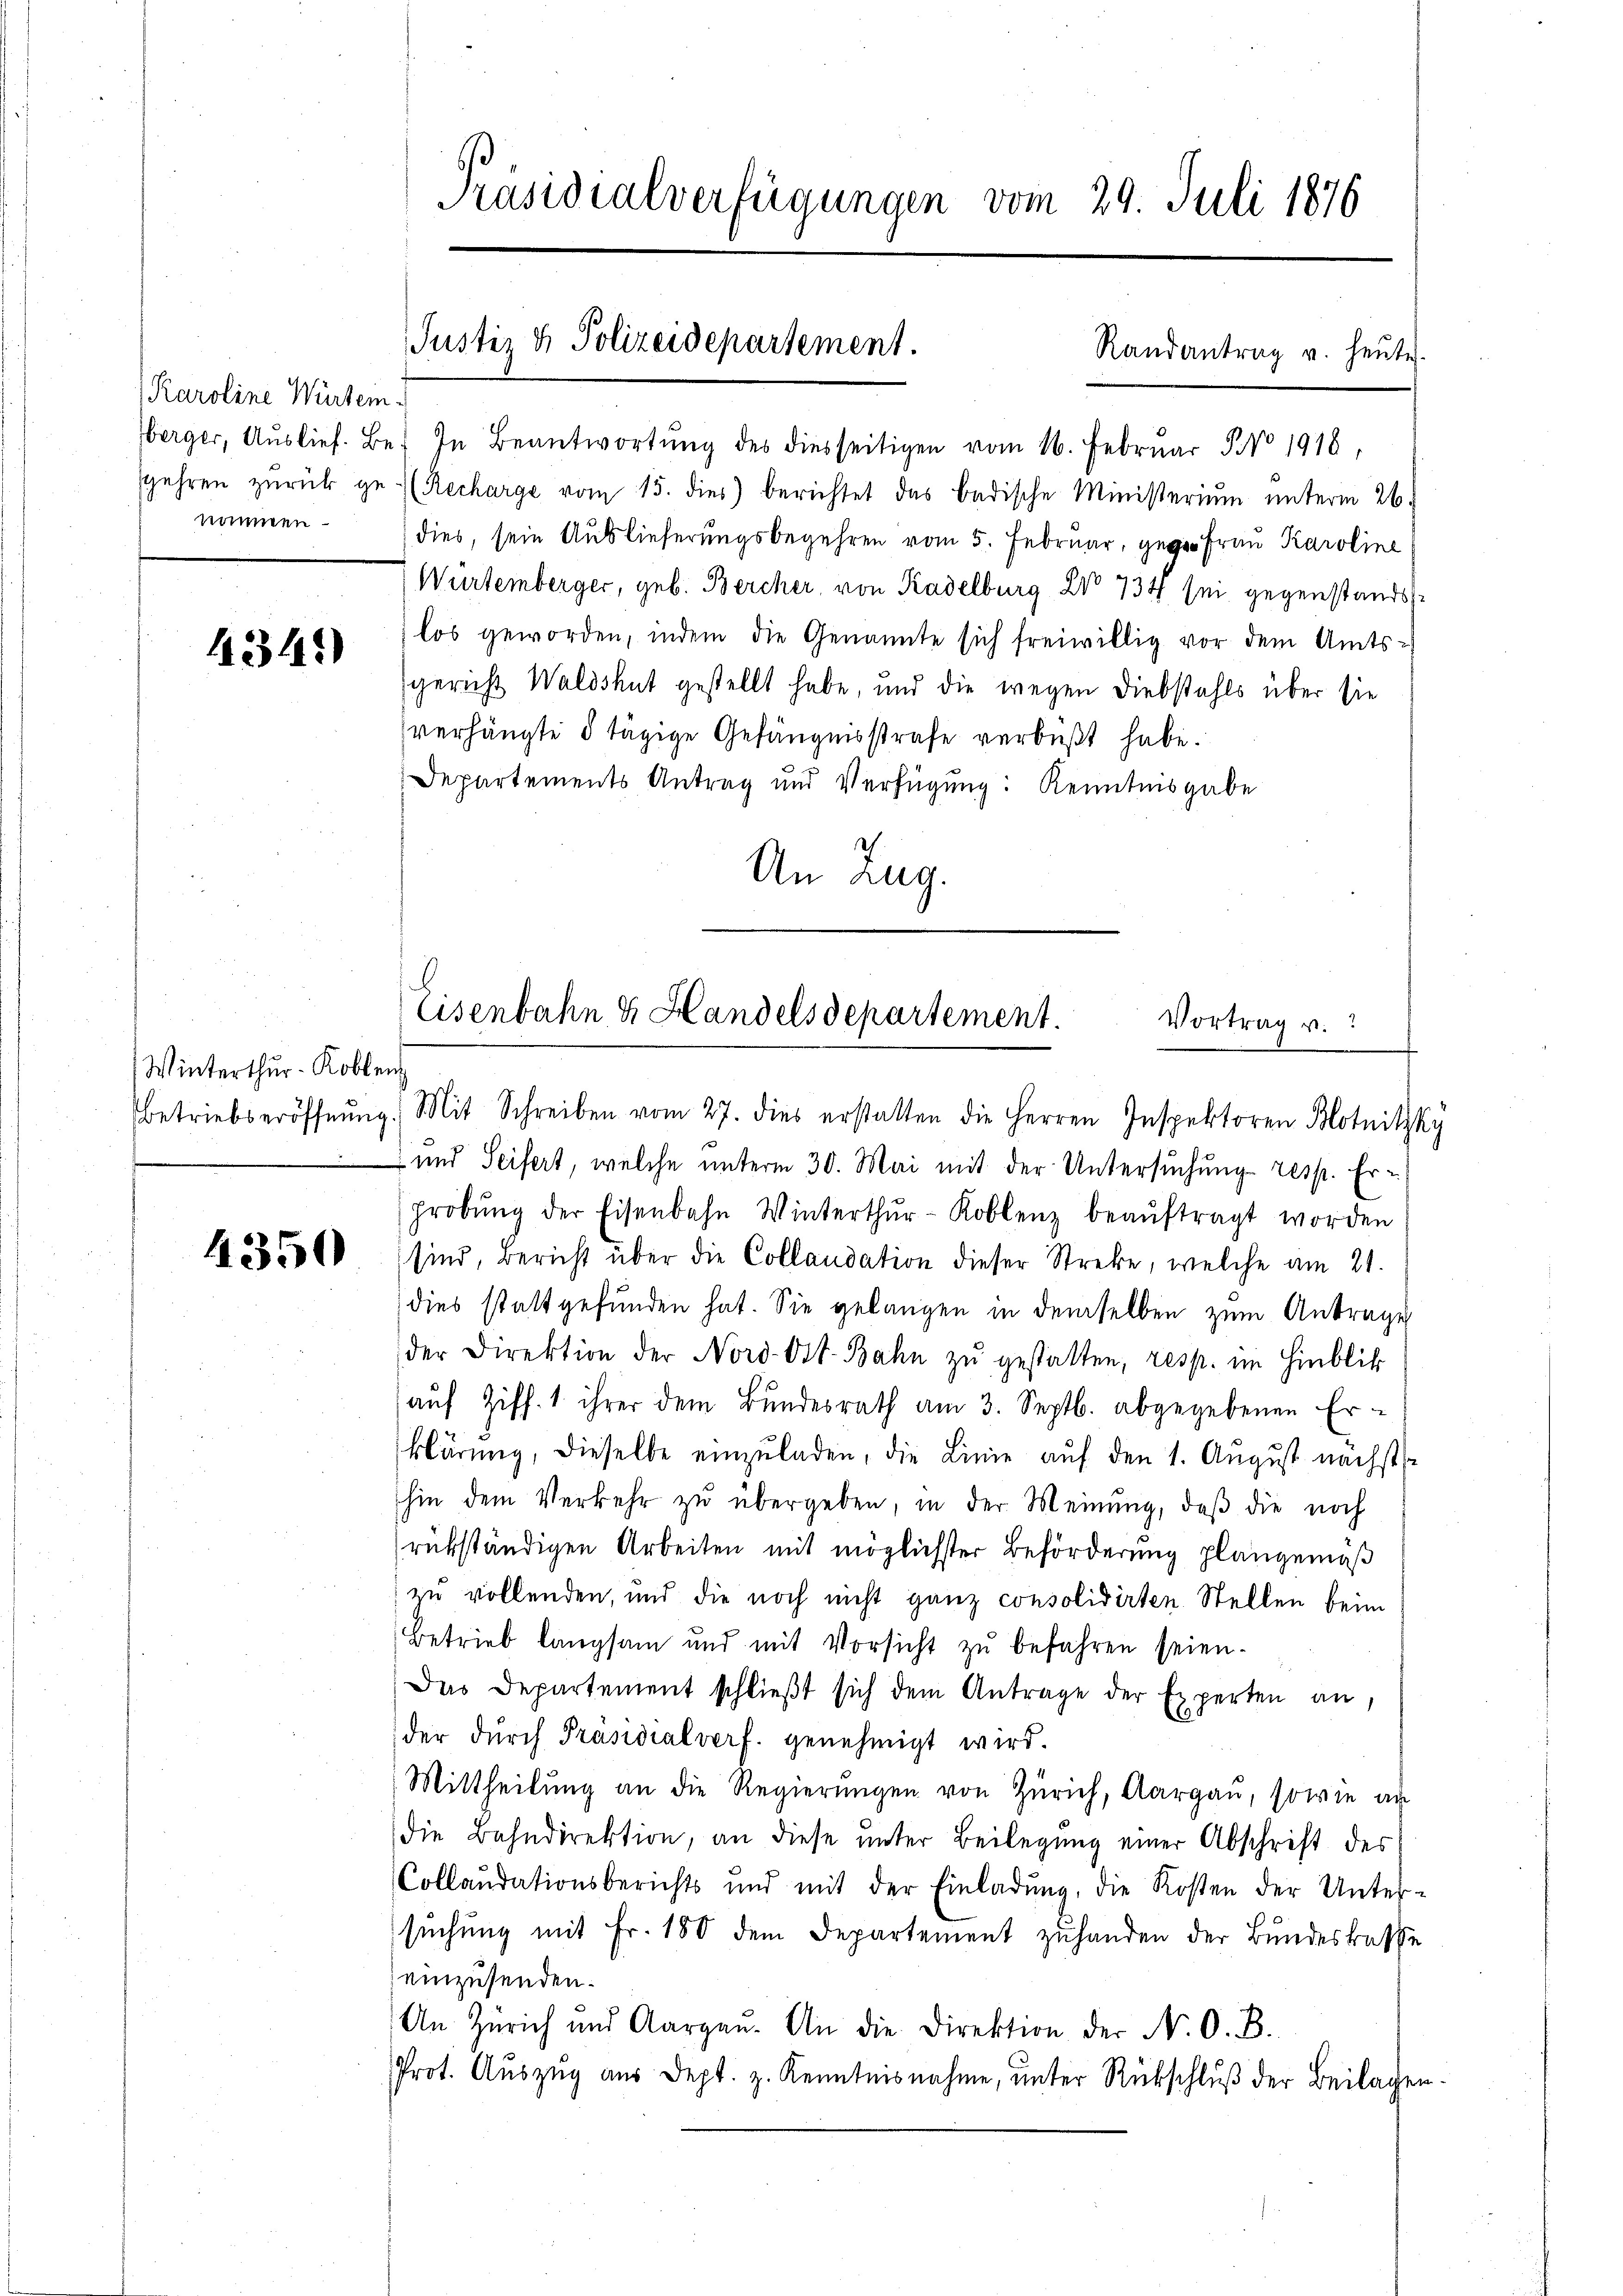
Karoline Würtem
nommen –

1341)

Winterthur–Koblenz

4350

Präsidialverfügungen vom 29. Juli 1876
Justiz & Polizeidepartement.
Randantrag u. heute.

Eberger, Auslief. Be. In Beantwortŭng des diesseitigen vom 16. Februar No 1918,
gehren zŭrück ge. (Recharge vom 15. dies berichtet das badische Ministeriŭm ŭnterm 26.
dies, sein Auslieferungsbegehren vom 5. Februar, gegen Frau Karoline
Würtemberger, geb. Bercher, von Kadelburg No 734 sei gegenstandslos geworden, indem die Genannte sich freiwillig vor dem Amtssgericht Waldshut gestellt habe, und die wegen Diebstahls über sie
verhängte 8 tägige Gefängnisstrafe verbüßt habe.
Departements Antrag und Verfügung: Kenntnisgabe
h
An Zug.

C
Eisenbahn & Handelsdepartement. Vortrag v.

Betriebseröffnŭng. Mit Schreiben vom 27. dies erstatten die Herren Inspektoren Blotnizky
 und Seifert, welche unterm 30. Mai mit der Untersuchung resp. Erprobŭng der Eisenbahn Winterthŭr-Koblenz beaŭftragt worden
sind, Bericht über die Collaudation dieser Streke, welche am 21.
dies stattgefunden hat. Sie gelangen in demselben zum Antrage
der Direktion der Nord- Ost-Bahn zŭ gestatten, resp. im Hinblik
auf Ziff. 1 ihrer dem Bundesrath am 3. Septb. abgegebenen Erklärung, dieselbe einzuladen, die Linie auf den 1. August nächst
hin dem Verkehr zŭ übergeben, in der Meinŭng, daβ die noch
rükständigen Arbeiten mit möglichster Beförderung plangemäß
zu vollenden, und die noch nicht ganz consolidirten Stellen beim
Betrieb langsam und mit Vorsicht zŭ befahren seien.
Das Departement schlieβt sich dem Antrage der Experten an,
der dŭrch Präsidialverf. genehmigt wird.
Mittheilŭng an die Regierŭngen von Zürich, Aargau, sowie an
die Bahndirektion, an diese unter Beilegung einer Abschrift des
Collaudationsberichts und mit der Einladŭng, die Kosten der Unter-
suchung mit Fr. 180 dem Departement zuhanden der Bundeskasse
einzusenden.
An Zürich und Aargaŭ. An die Direktion der N. O. B.
Prot. Auszug aus dept. z. Kenntnisnahme, unter Rückschluß der Beilagen.